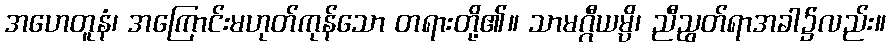
အဟေတူနံ၊ အကြောင်းမဟုတ်ကုန်သော တရားတို့၏။ သာမဂ္ဂီယမ္ပိ၊ ညီညွတ်ရာအခါ၌လည်း။